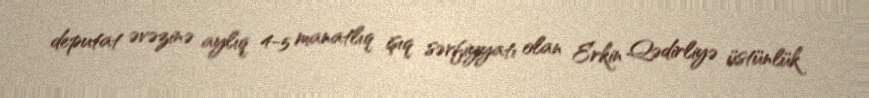
deputat əvəzinə aylıq 4-5 manatlıq işıq sərfiyyatı olan Erkin Qədirliyə üstünlük